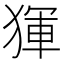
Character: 𤟤